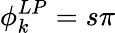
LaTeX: \phi_{k}^{LP}=s\pi